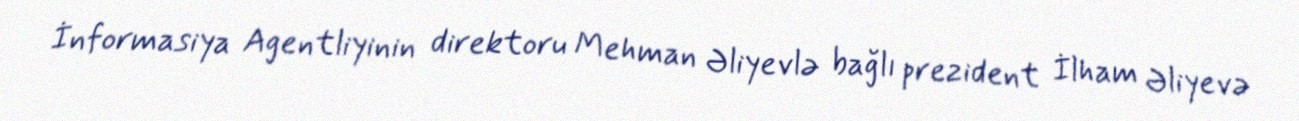
İnformasiya Agentliyinin direktoru Mehman Əliyevlə bağlı prezident İlham Əliyevə